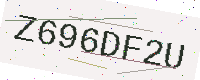
Text: Z696DF2U